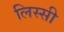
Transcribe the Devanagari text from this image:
लिस्सी